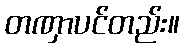
တဏှာပင်တည်း။